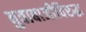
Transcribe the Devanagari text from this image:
बुवाबाजीविरुद्ध